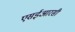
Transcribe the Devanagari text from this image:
एसईआरसी